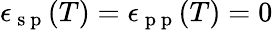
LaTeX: \epsilon_{\mathrm{~s~p~}}(T)=\epsilon_{\mathrm{~p~p~}}(T)=0